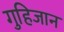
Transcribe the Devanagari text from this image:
गुहिजान